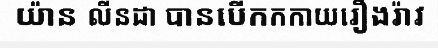
យ៉ាន លីនដា បានបើកកកាយរឿងរ៉ាវ